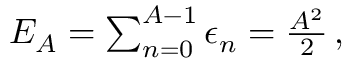
\begin{array} { r } { E _ { A } = \sum _ { n = 0 } ^ { A - 1 } \epsilon _ { n } = \frac { A ^ { 2 } } { 2 } \, , } \end{array}